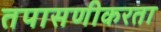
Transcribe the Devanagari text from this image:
तपासणीकरता